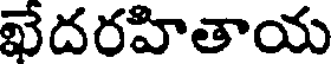
ఖేదరహితాయ